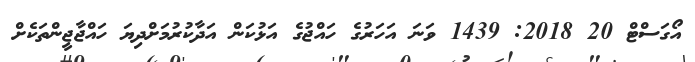
އޯގަސްޓް 20 2018: 1439 ވަނަ އަހަރުގެ ހައްޖުގެ އަޅުކަން އަދާކުރުމަށްދިޔަ ހައްޖާޖީންތަކެށް